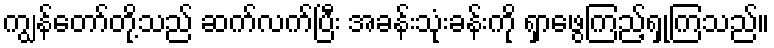
ကျွန်တော်တို့သည် ဆက်လက်ပြီး အခန်းသုံးခန်းကို ရှာဖွေကြည့်ရှုကြသည်။